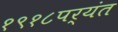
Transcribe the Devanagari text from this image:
१९१८पर्यंत